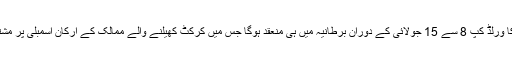
دنیا بھر کے ارکان اسمبلی کا ورلڈ کپ 8 سے 15 جولائی کے دوران برطانیہ میں ہی منعقد ہوگا جس میں کرکٹ کھیلنے والے ممالک کے ارکان اسمبلی پر مشتمل ٹیمیں شرکت کریں گی ۔